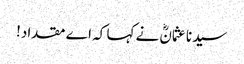
سیدنا عثمانؓ نے کہا کہ اے مقداد!